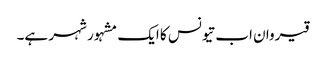
قیروان اب تیونس کا ایک مشہور شہر ہے۔